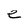
Character: e